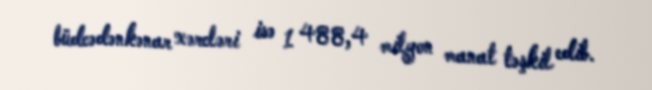
büdcədənkənar xərcləri isə 1 488,4 milyon manat təşkil edib.